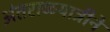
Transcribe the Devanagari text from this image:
अंतराळयात्रीने